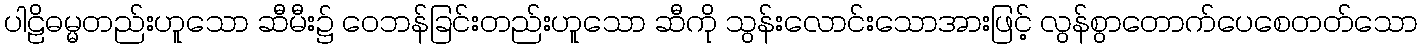
ပါဠိဓမ္မတည်းဟူသော ဆီမီး၌ ဝေဘန်ခြင်းတည်းဟူသော ဆီကို သွန်းလောင်းသောအားဖြင့် လွန်စွာတောက်ပေစေတတ်သော